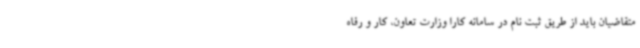
متقاضیان باید از طریق ثبت نام در سامانه کارا وزارت تعاون، کار و رفاه